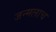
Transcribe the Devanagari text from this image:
जन्मलाच